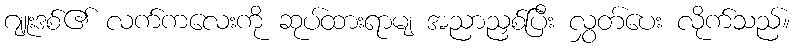
ဂျူးဒစ်၏ လက်ကလေးကို ဆုပ်ထားရာမျ အညာညှစ်ပြီး လွှတ်ပေး လိုက်သည်။